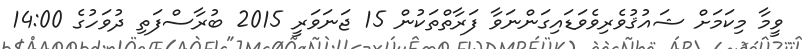
ވީމާ މިކަމަށް ޝައުޤުވެރިވެވަޑައިގަންނަވާ ފަރާތްތަކުން 15 ޖަނަވަރީ 2015 ބުރާސްފަތި ދުވަހުގެ 14:00